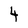
Character: 4